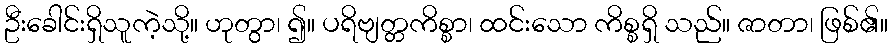
ဦးခေါင်းရှိသူကဲ့သို့။ ဟုတွာ၊ ၍။ ပရိဗျတ္တကိစ္စာ၊ ထင်းသော ကိစ္စရှိ သည်။ ဇာတာ၊ ဖြစ်၏။